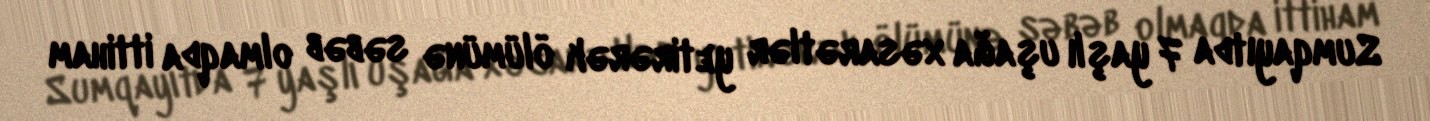
Sumqayıtda 7 yaşlı uşağa xəsarətlər yetirərək ölümünə səbəb olmaqda ittiham